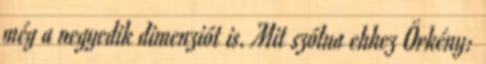
még a negyedik dimenziót is. Mit szólna ehhez Örkény: